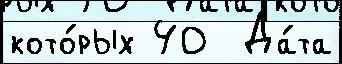
кото́рых 40  Да́та